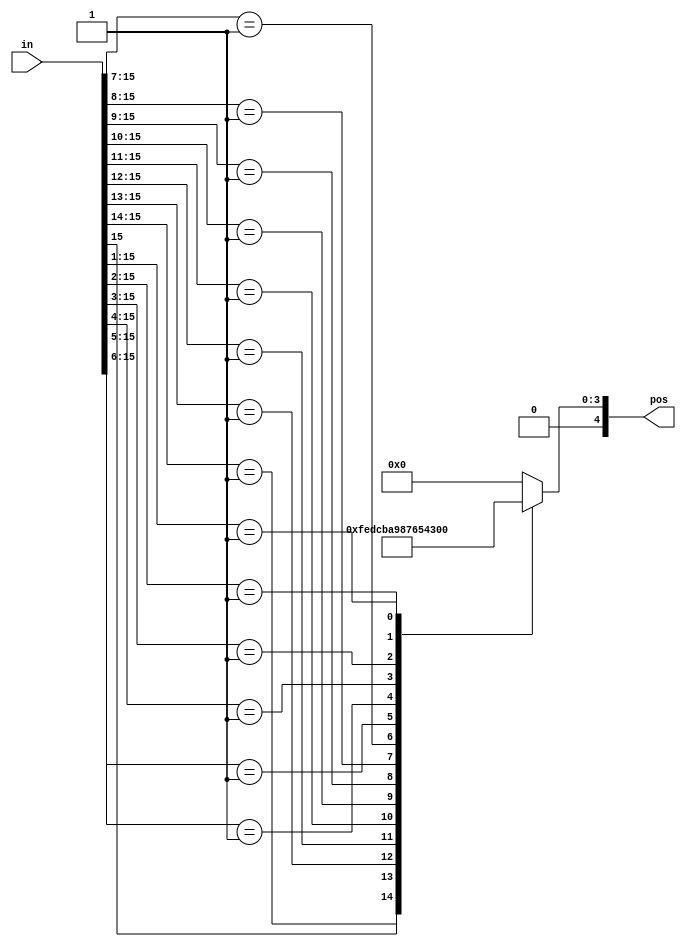
//-----------------------------------------------------------------------------------------------------------------------------
//
//  COPYRIGHT (C) 2011, VIPcore Group, Fudan University
//
//  THIS FILE MAY NOT BE MODIFIED OR REDISTRIBUTED WITHOUT THE
//  EXPRESSED WRITTEN CONSENT OF VIPcore Group
//
//  VIPcore       : http://soc.fudan.edu.cn/vip
//  IP Owner      : Yibo FAN
//  Contact       : fanyibo@fudan.edu.cn
//-----------------------------------------------------------------------------------------------------------------------------
// Description    : shift and first1 check tools
// DATA & EDITION:  2017/12/26    from waseda
//                  2018/3/01   edit by liwei
// $Id$
//-----------------------------------------------------------------------------------------------------------------------------


// first 1 checker
module cabac_bina_FC(
           in,
           pos
       );

input  [15:0]    in;
output [4:0]     pos;
reg    [4:0]     pos;
always @ (*)
begin
    casex (in)
        16'b1xxxxxxxxxxxxxxx:
            pos = 15;
        16'b01xxxxxxxxxxxxxx:
            pos = 14;
        16'b001xxxxxxxxxxxxx:
            pos = 13;
        16'b0001xxxxxxxxxxxx:
            pos = 12;
        16'b00001xxxxxxxxxxx:
            pos = 11;
        16'b000001xxxxxxxxxx:
            pos = 10;
        16'b0000001xxxxxxxxx:
            pos = 9;
        16'b00000001xxxxxxxx:
            pos = 8;
        16'b000000001xxxxxxx:
            pos = 7;
        16'b0000000001xxxxxx:
            pos = 6;
        16'b00000000001xxxxx:
            pos = 5;
        16'b000000000001xxxx:
            pos = 4;
        16'b0000000000001xxx:
            pos = 3;
        16'b00000000000001xx:
            pos = 2;
        16'b000000000000001x:
            pos = 1;
        default:
            pos = 0;
    endcase
end
endmodule



    // barrel shift.

    module cabac_bina_BSleft(
        in,
        left,
        out
    );

input  [17:0]    in;
input  [4:0]     left;
output [17:0]    out;

wire   [17:0]    s0, s1, s2, s3;
wire   [17:0]    out;

assign s0 = left[0] ? {in[16:0], 1'b0} : in[17:0];
assign s1 = left[1] ? {s0[15:0], 2'b0} : s0[17:0];
assign s2 = left[2] ? {s1[13:0], 4'b0} : s1[17:0];
assign s3 = left[3] ? {s2[9:0],  8'b0} : s2[17:0];
assign out = left[4] ? {s3[1:0], 16'b0} : s3[17:0];
endmodule


    module cabac_bina_BSright(
        in,
        right,
        out
    );

input  [4:0]     right;
input  [17:0]    in;
output [17:0]    out;

wire   [17:0]    s0, s1, s2, s3;
wire   [17:0]    out;

assign s0 = right[0] ? {1'b0, in[17:1]} : in[17:0];
assign s1 = right[1] ? {2'b0, s0[17:2]} : s0[17:0];
assign s2 = right[2] ? {4'b0, s1[17:4]} : s1[17:0];
assign s3 = right[3] ? {8'b0, s2[17:8]} : s2[17:0];
assign out = right[4] ? {16'b0, s3[17:16]} : s3[17:0];
endmodule


    module cabac_bina_BS1sleft(
        in,
        left,
        out
    );
input  [161:0]   in;
input  [4:0]     left;  //every time left 9 bits.
output [161:0]   out;
wire   [161:0]   out;
wire   [161:0]   s0, s1, s2, s3;
assign s0 = left[0] ? {in[153:0], 9'd0} : in[161:0];
assign s1 = left[1] ? {s0[143:0],  18'd0} : s0[161:0];
assign s2 = left[2] ? {s1[125:0],  36'b0} : s1[161:0];
assign s3 = left[3] ? {s2[89:0],   72'b0} : s2[161:0];
assign out = left[4] ? {s3[17:0],  144'b0} : s3[161:0];
endmodule

    module cabac_bina_BS1sright(
        in,
        right,
        out
    );
input  [161:0]   in;
input  [4:0]     right;  //every time left 9 bits.
output [161:0]   out;
wire   [161:0]   out;

wire   [161:0]   s0, s1, s2, s3;
assign s0 = right[0] ? {9'd0, in[161:9]} : in[161:0];
assign s1 = right[1] ? {18'd0, s0[161:18]} : s0[161:0];
assign s2 = right[2] ? {36'd0, s1[161:36]} : s1[161:0];
assign s3 = right[3] ? {72'd0, s2[161:72]} : s2[161:0];
assign out = right[4] ? {144'd0, s3[161:144]} : s3[161:0];
endmodule